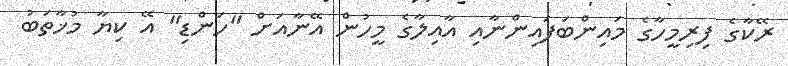
ރޭކާގެ ފިރިމީހާގެ މައިންބަފައިންނާއި އާއިލާގެ މީހުން އޭނާއަށް "ހަންޑި" އޭ ކިޔާ މުޚާތަބު